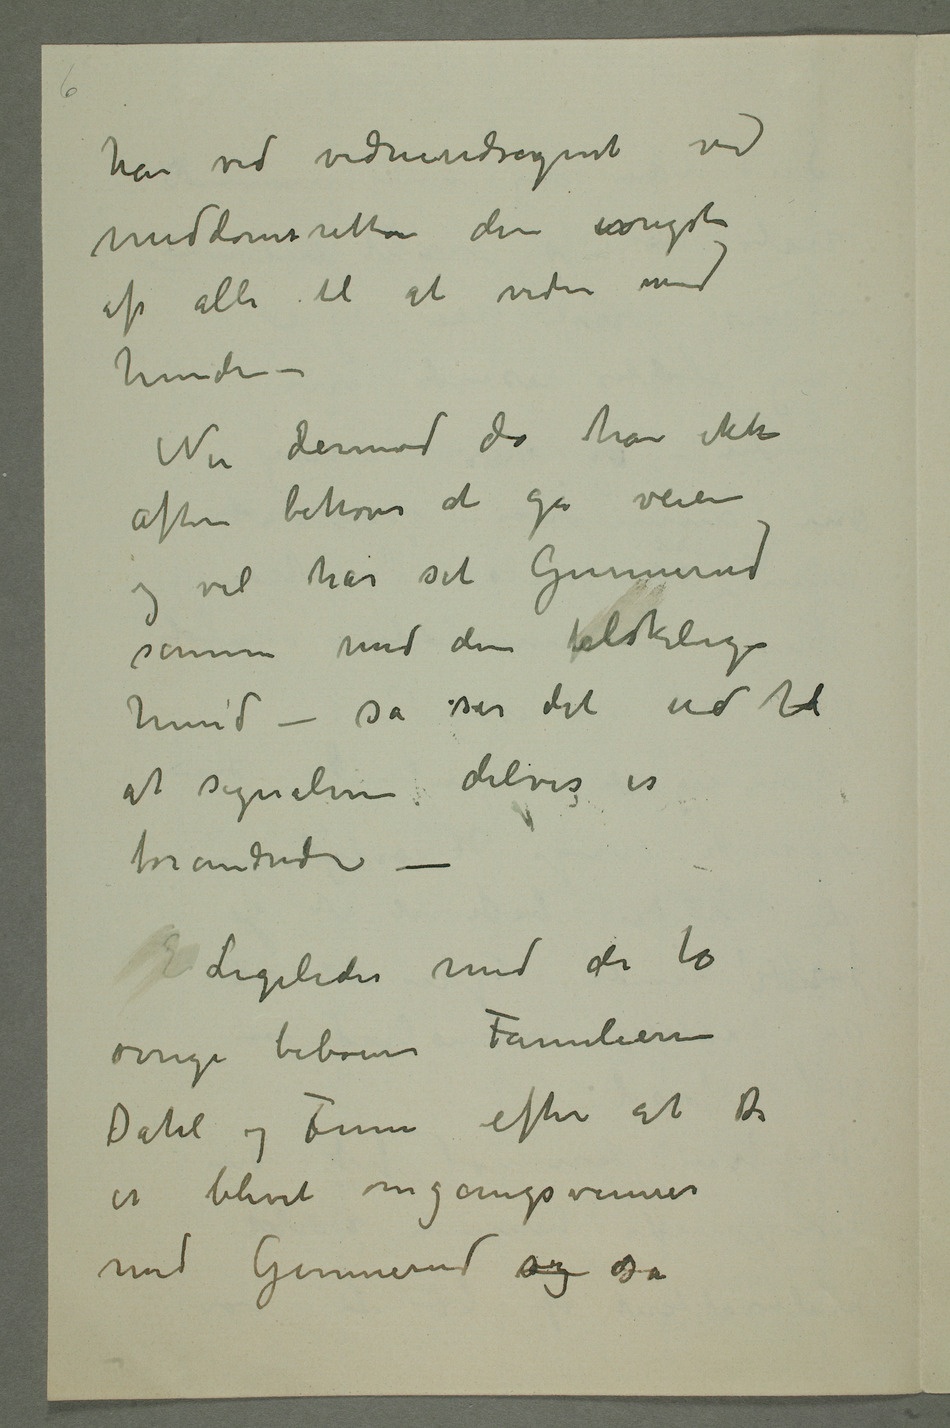
han ved vidnesudsagnet ved
meddomsretten den ivrigste
af alle til at vidne mod
hunden –
Nu derimod da han ikke
oftere behøver at gå veien
og vel har set Gunnerud
sammen med den felskelige
hund – så ser det ud til
at signalene delvis er
forandrede – E
Ligeledes med de to
øvrige beboere Familierne
er blevet omgangsvenner
med Gunnerud sog så